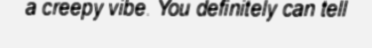
a creepy vibe. You definitely can tell